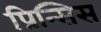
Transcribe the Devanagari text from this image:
प्रिन्सिस